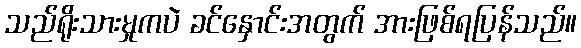
သည်ရိုးသားမှုကပဲ ခင်နှောင်းအတွက် အားဖြစ်ရပြန်သည်။